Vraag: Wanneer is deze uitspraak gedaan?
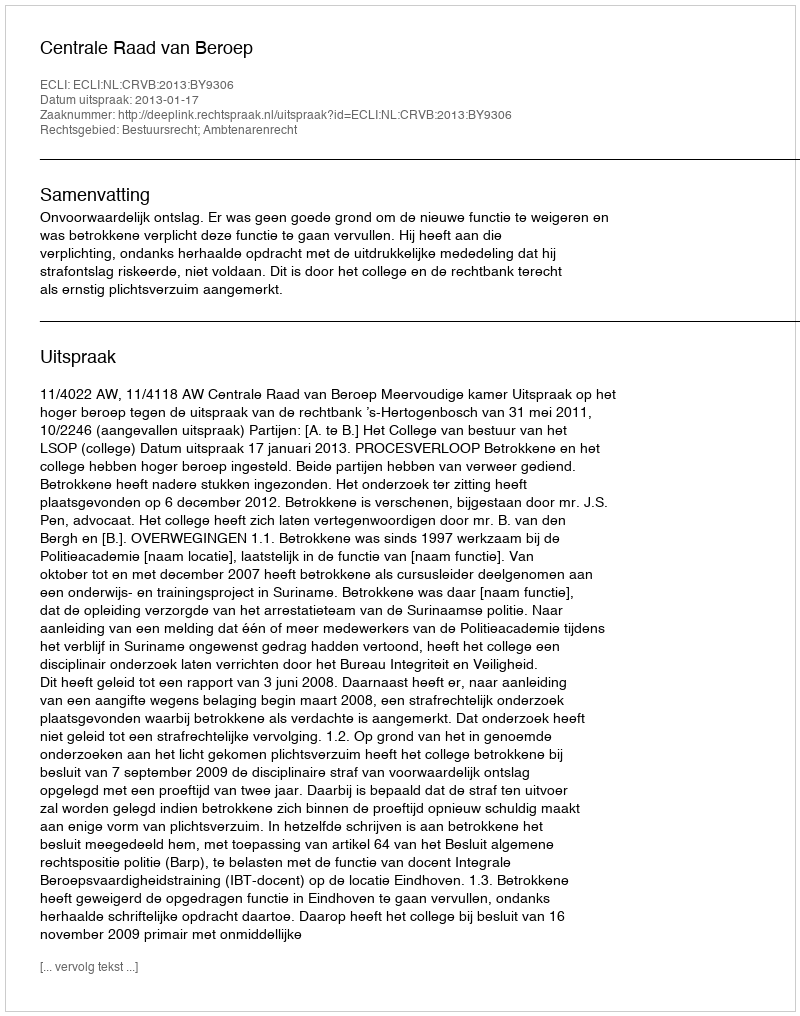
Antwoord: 2013-01-17